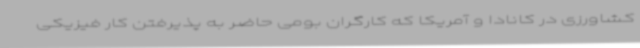
کشاورزی در کانادا و آمریکا که کارگران بومی حاضر به پذیرفتن کار فیزیکی